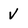
Character: v